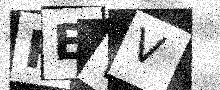
Text: REWV